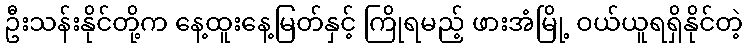
ဦးသန်းနိုင်တို့က နေ့ထူးနေ့မြတ်နှင့် ကြိုရမည့် ဖားအံမြို့ ဝယ်ယူရရှိနိုင်တဲ့